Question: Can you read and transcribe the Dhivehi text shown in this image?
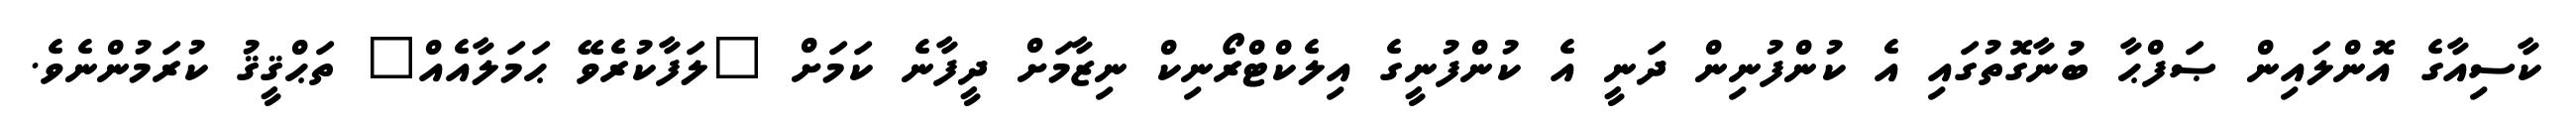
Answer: ކާސިއާގެ އޮންލައިން ޞަފްޙާ ބުނާގޮތުގައި އެ ކުންފުނިން ދަނީ އެ ކުންފުނީގެ އިލެކްޓްރޯނިކް ނިޒާމަށް ދީފާނެ ކަމަށް "ލަފާކުރެވޭ ޙަމަލާއެއް" ތަޙްޤީޤު ކުރަމުންނެވެ.